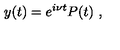
y ( t ) = e ^ { i \nu t } P ( t ) \ ,